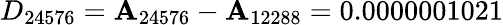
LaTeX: D_{24576}=\mathbf{A}_{24576}-\mathbf{A}_{12288}=0.0000001021